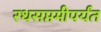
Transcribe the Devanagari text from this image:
रथसप्तमीपर्यंत